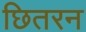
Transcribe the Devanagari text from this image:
छितरन